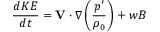
\frac { d K E } { d t } = \mathbf { V } \cdot \nabla \left( \frac { p ^ { \prime } } { \rho _ { 0 } } \right) + w B